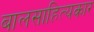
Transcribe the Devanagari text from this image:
बालसाहित्‍यकार